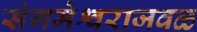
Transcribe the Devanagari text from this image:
संगमेश्वराजवळ